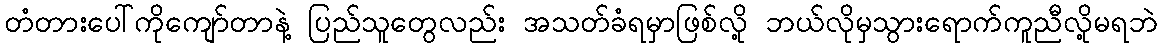
တံတားပေါ်ကိုကျော်တာနဲ့ ပြည်သူတွေလည်း အသတ်ခံရမှာဖြစ်လို့ ဘယ်လိုမှသွားရောက်ကူညီလို့မရဘဲ